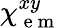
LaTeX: \chi_{\mathrm{~e~m~}}^{xy}